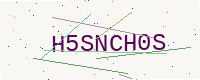
Text: H5SNCH0S